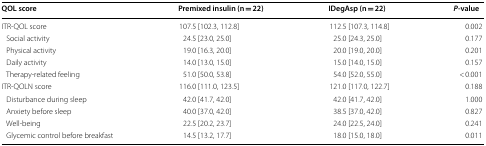
| QOL score | Premixed insulin (n = 22) | IDegAsp (n = 22) | P-value |
 | --- | --- | --- | --- |
 | ITR-QOL score | 107.5 [102.3, 112.8] | 112.5 [107.3, 114.8] | 0.002 |
 | Social activity | 24.5 [23.0, 25.0] | 25.0 [24.3, 25.0] | 0.177 |
 | Physical activity | 19.0 [16.3, 20.0] | 20.0 [19.0, 20.0] | 0.201 |
 | Daily activity | 14.0 [13.0, 15.0] | 15.0 [14.0, 15.0] | 0.157 |
 | Therapy-related feeling | 51.0 [50.0, 53.8] | 54.0 [52.0, 55.0] | < 0.001 |
 | ITR-QOLN score | 116.0 [111.0, 123.5] | 121.0 [117.0, 122.7] | 0.188 |
 | Disturbance during sleep | 42.0 [41.7, 42.0] | 42.0 [41.7, 42.0] | 1.000 |
 | Anxiety before sleep | 40.0 [37.0, 42.0] | 38.5 [37.0, 42.0] | 0.827 |
 | Well-being | 22.5 [20.2, 23.7] | 24.0 [22.5, 24.0] | 0.241 |
 | Glycemic control before breakfast | 14.5 [13.2, 17.7] | 18.0 [15.0, 18.0] | 0.011 |